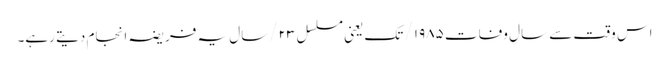
اس وقت سے سالِ وفات ۱۹۸۵/ تک یعنی مسلسل ۲۳/سال یہ فریضہ انجام دیتے رہے۔